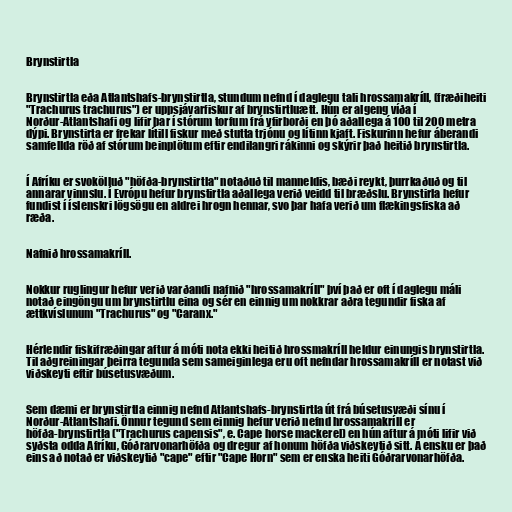
Brynstirtla

Brynstirtla eða Atlantshafs-brynstirtla, stundum nefnd í daglegu tali hrossamakríll, (fræðiheiti
"Trachurus trachurus") er uppsjávarfiskur af brynstirtluætt. Hún er algeng víða í
Norður-Atlantshafi og lifir þar í stórum torfum frá yfirborði en þó aðallega á 100 til 200 metra
dýpi. Brynstirta er frekar lítill fiskur með stutta trjónu og lítinn kjaft. Fiskurinn hefur áberandi
samfellda röð af stórum beinplötum eftir endilangri rákinni og skýrir það heitið brynstirtla.

Í Afríku er svokölluð "höfða-brynstirtla" notaðuð til manneldis, bæði reykt, þurrkaðuð og til
annarar vinnslu. Í Evrópu hefur brynstirtla aðallega verið veidd til bræðslu. Brynstirla hefur
fundist í íslenskri lögsögu en aldrei hrogn hennar, svo þar hafa verið um flækingsfiska að
ræða.

Nafnið hrossamakríll.

Nokkur ruglingur hefur verið varðandi nafnið "hrossamakríll" því það er oft í daglegu máli
notað eingöngu um brynstirtlu eina og sér en einnig um nokkrar aðra tegundir fiska af
ættkvíslunum "Trachurus" og "Caranx."

Hérlendir fiskifræðingar aftur á móti nota ekki heitið hrossmakríll heldur einungis brynstirtla.
Til aðgreiningar þeirra tegunda sem sameiginlega eru oft nefndar hrossamakríll er notast við
viðskeyti eftir búsetusvæðum.

Sem dæmi er brynstirtla einnig nefnd Atlantshafs-brynstirtla út frá búsetusvæði sínu í
Norður-Atlantshafi. Önnur tegund sem einnig hefur verið nefnd hrossamakríll er
höfða-brynstirtla ("Trachurus capensis", e. Cape horse mackerel) en hún aftur á móti lifir við
syðsta odda Afríku, Góðrarvonarhöfða og dregur af honum höfða viðskeytið sitt. Á ensku er það
eins að notað er viðskeytið "cape" eftir "Cape Horn" sem er enska heiti Góðrarvonarhöfða.